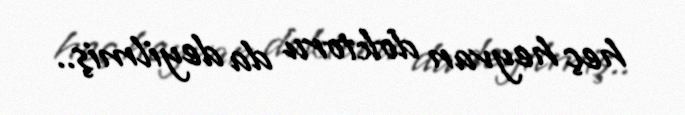
heç heyvan doktoru da deyilmiş..